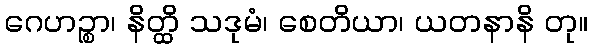
ဂေဟဉ္စာ၊ နိတ္ထိ သဒုမံ၊ စေတိယာ၊ ယတနာနိ တု။